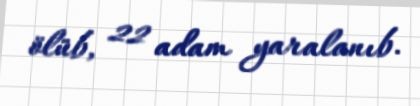
ölüb, 22 adam yaralanıb.